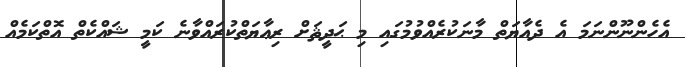
އެހެންނޫންނަމަ އެ ދެއާޔަތް މާނަކުރެއްވުމުގައި މި ޙަދީޘަށް ރިޢާޔަތްކުރައްވާނެ ކަމީ ޝައްކެތް އޮތްކަމެއް